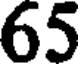
65